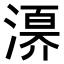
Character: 𣽀